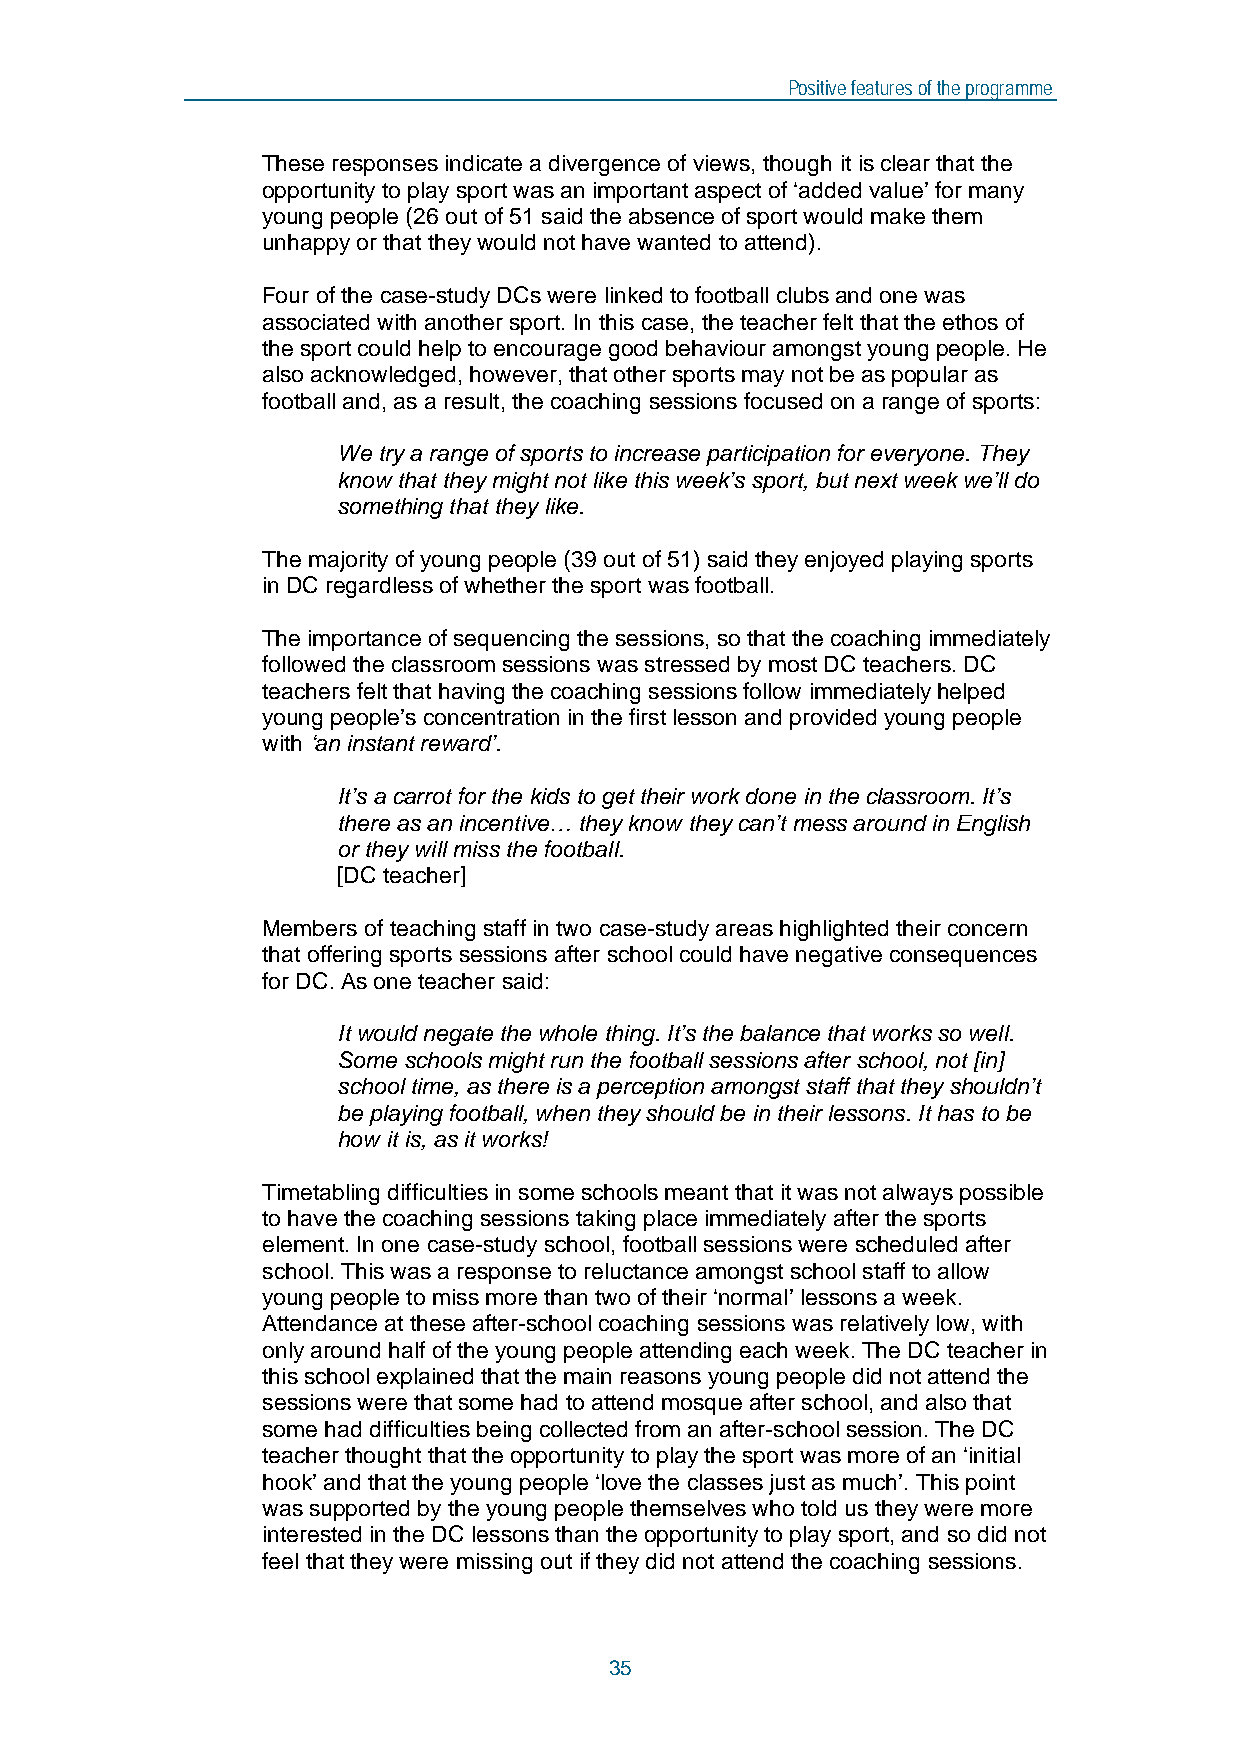
Positive features of the programme
 These responses indicate a divergence of views, though it is clear that the
 opportunity to play sport was an important aspect of ‘added value’ for many
 young people (26 out of 51 said the absence of sport would make them
 unhappy or that they would not have wanted to attend).
 Four of the case-study DCs were linked to football clubs and one was
 associated with another sport. In this case, the teacher felt that the ethos of
 the sport could help to encourage good behaviour amongst young people. He
 also acknowledged, however, that other sports may not be as popular as
 football and, as a result, the coaching sessions focused on a range of sports:
 We try a range of sports to increase participation for everyone. They
 know that they might not like this week’s sport, but next week we’ll do
 something that they like.
 The majority of young people (39 out of 51) said they enjoyed playing sports
 in DC regardless of whether the sport was football.
 The importance of sequencing the sessions, so that the coaching immediately
 followed the classroom sessions was stressed by most DC teachers. DC
 teachers felt that having the coaching sessions follow immediately helped
 young people’s concentration in the first lesson and provided young people
 with ‘an instant reward’.
 It’s a carrot for the kids to get their work done in the classroom. It’s
 there as an incentive… they know they can’t mess around in English
 or they will miss the football.
 [DC teacher]
 Members of teaching staff in two case-study areas highlighted their concern
 that offering sports sessions after school could have negative consequences
 for DC. As one teacher said:
 It would negate the whole thing. It’s the balance that works so well.
 Some schools might run the football sessions after school, not [in]
 school time, as there is a perception amongst staff that they shouldn’t
 be playing football, when they should be in their lessons. It has to be
 how it is, as it works!
 Timetabling difficulties in some schools meant that it was not always possible
 to have the coaching sessions taking place immediately after the sports
 element. In one case-study school, football sessions were scheduled after
 school. This was a response to reluctance amongst school staff to allow
 young people to miss more than two of their ‘normal’ lessons a week.
 Attendance at these after-school coaching sessions was relatively low, with
 only around half of the young people attending each week. The DC teacher in
 this school explained that the main reasons young people did not attend the
 sessions were that some had to attend mosque after school, and also that
 some had difficulties being collected from an after-school session. The DC
 teacher thought that the opportunity to play the sport was more of an ‘initial
 hook’ and that the young people ‘love the classes just as much’. This point
 was supported by the young people themselves who told us they were more
 interested in the DC lessons than the opportunity to play sport, and so did not
 feel that they were missing out if they did not attend the coaching sessions.
 35